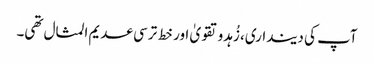
آپ کی دینداری، زُہدو تقویٰ اور خط ترسی عدیم المثال تھی۔